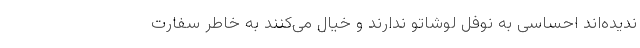
ندیده‌اند احساسی به نوفل لوشاتو ندارند و خیال می‌کنند به خاطر سفارت